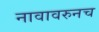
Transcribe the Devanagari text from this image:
नावावरुनच